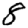
Digit: 8